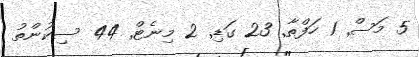
5 މަސް